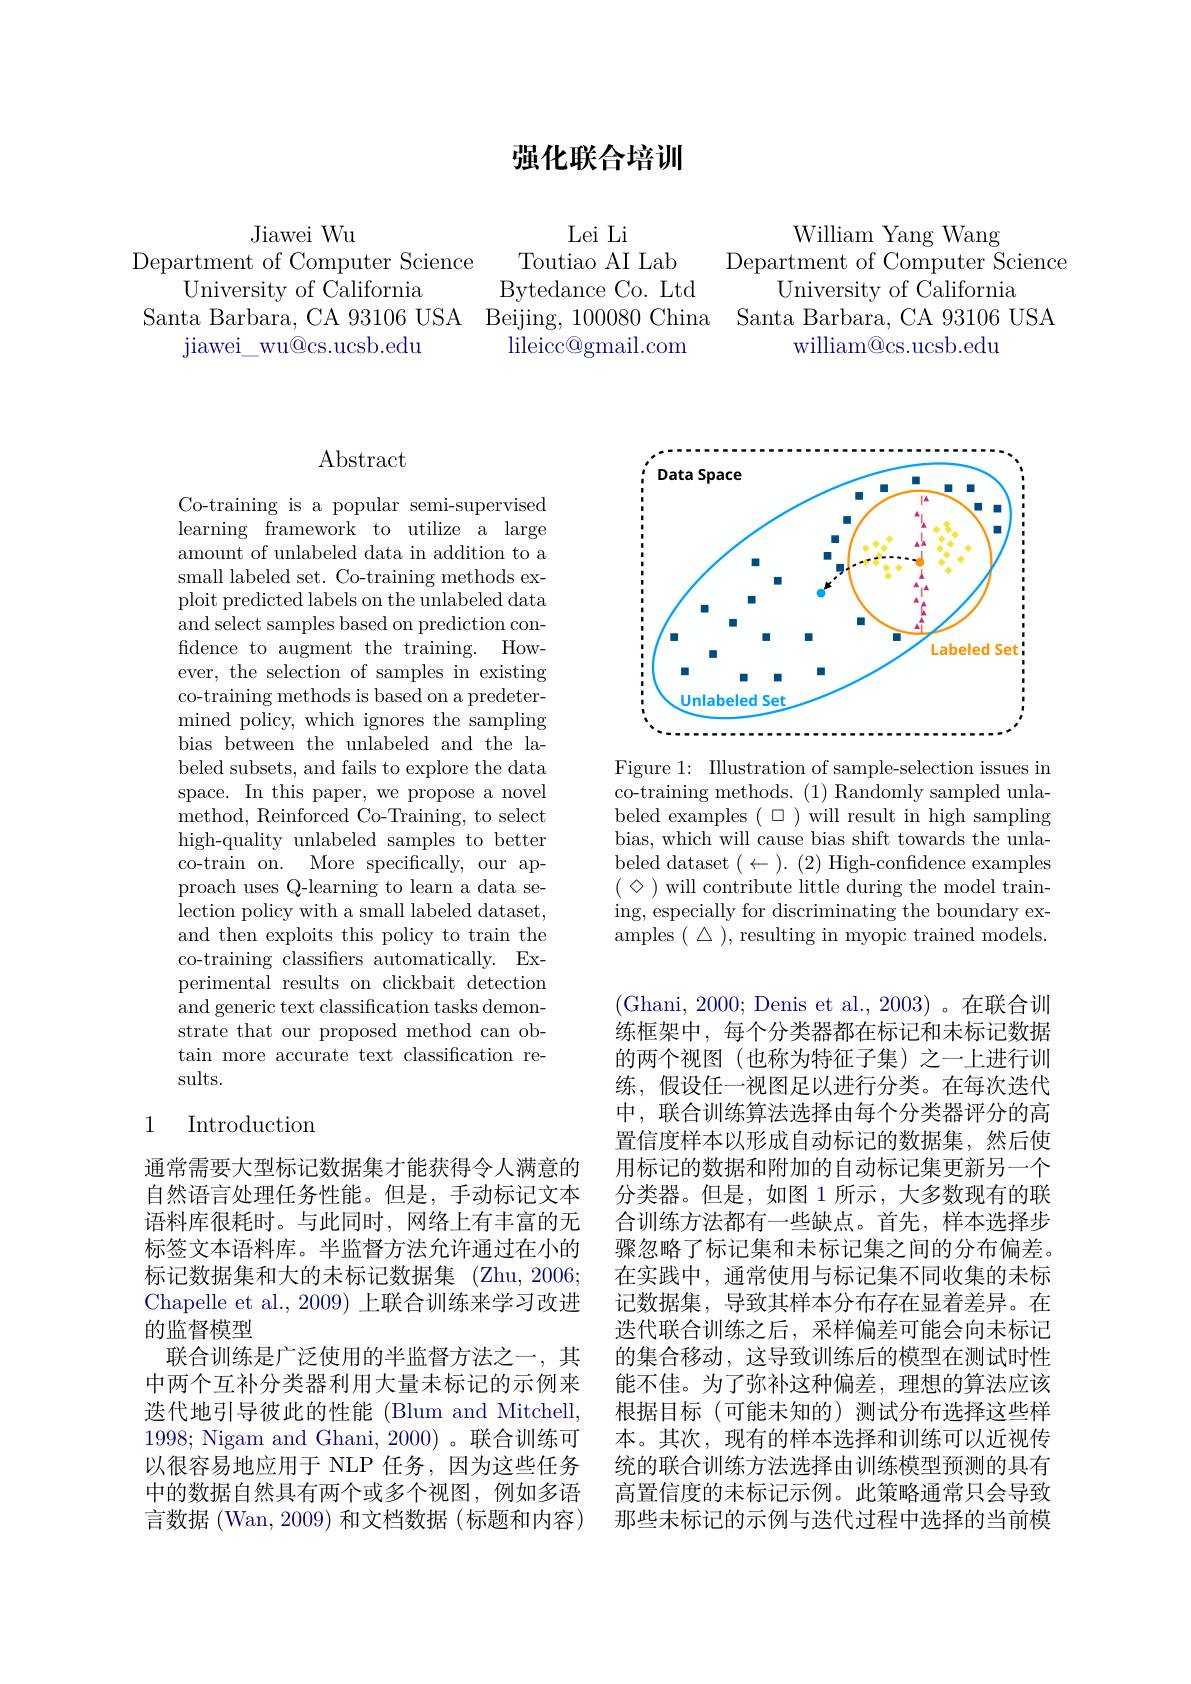
强化联合培训

Jiawei Wu
Department of Computer Science
University of California
Santa Barbara, CA 93106 USA Beijing, 100080 China Santa Barbara, CA 93106 USA
jiawei$\_$wu@ cs. ucsb. edu

Lei Li
Toutiao AI Lab
Bytedance Co. Ltd $\operatorname{lileicc@gmail.com}$

William Yang Wang

Department of Computer Science

University of California

william@cs.ucsb.edu

## $\operatorname{Abstract}$

Co-training is a popular semi-supervised learning framework to utilize a large amount of unlabeled data in addition to a small labeled set. Co-training methods exploit predicted labels on the unlabeled data and select samples based on prediction confdence to augment the training. However, the selection of samples in existing co-training methods is based on a predetermined policy, which ignores the sampling bias between the unlabeled and the labeled subsets, and fails to explore the data space. In this paper, we propose a novel method, Reinforced Co-Training, to select high-quality unlabeled samples to better co-train on. More specifically, our approach uses Q-learning to learn a data selection policy with a small labeled dataset, and then exploits this policy to train the co-training classifiers automatically. Experimental results on clickbait detection and generic text classification tasks demonstrate that our proposed method can obtain more accurate text classification results.

## 1 Introduction

通常需要大型标记数据集才能获得令人满意的自然语言处理任务性能。但是，手动标记文本语料库很耗时。与此同时，网络上有丰富的无标签文本语料库。半监督方法允许通过在小的标记数据集和大的未标记数据集 (Zhu,2006; Chapelle et al., 2009) 上联合训练来学习改进的监督模型
联合训练是广泛使用的半监督方法之一，其中两个互补分类器利用大量未标记的示例来迭代地引导彼此的性能(Blum and Mitchell, 1998; Nigam and Ghani, 2000)。联合训练可以很容易地应用于 NLP 任务，因为这些任务中的数据自然具有两个或多个视图，例如多语言数据 (Wan, 2009) 和文档数据 (标题和内容)

<FigureHere>

Figure 1: Illustration of sample-selection issues in co-training methods. (1) Randomly sampled unlabeled examples $(\square)$ will result in high sampling bias, which will cause bias shift towards the unlabeled dataset $(\leftarrow).$ (2) High-confidence examples ( $\otimes$ )will contribute little during the model training, especially for discriminating the boundary examples $(\begin{array}{c}\triangle\end{array})$,resulting in myopic trained models.

(Ghani, 2000; Denis et al., 2003)。在联合训练框架中，每个分类器都在标记和未标记数据的两个视图(也称为特征子集)之一上进行训练，假设任一视图足以进行分类。在每次迭代中，联合训练算法选择由每个分类器评分的高置信度样本以形成自动标记的数据集，然后使用标记的数据和附加的自动标记集更新另一个分类器。但是，如图 1 所示，大多数现有的联合训练方法都有一些缺点。首先，样本选择步骤忽略了标记集和未标记集之间的分布偏差。在实践中，通常使用与标记集不同收集的未标记数据集，导致其样本分布存在显着差异。在迭代联合训练之后，采样偏差可能会向未标记的集合移动，这导致训练后的模型在测试时性能不佳。为了弥补这种偏差，理想的算法应该根据目标(可能未知的)测试分布选择这些样本。其次，现有的样本选择和训练可以近视传统的联合训练方法选择由训练模型预测的具有高置信度的未标记示例。此策略通常只会导致那些未标记的示例与迭代过程中选择的当前模